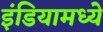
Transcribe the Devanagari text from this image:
इंडियामध्‍ये